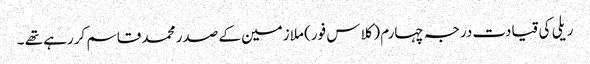
ریلی کی قیادت درجہ چہارم (کلاس فور) ملازمین کے صدر محمد قاسم کررہے تھے ۔